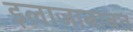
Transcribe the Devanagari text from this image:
इलाजाबाबत